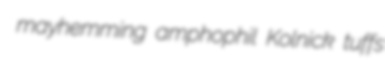
mayhemming amphophil Kolnick tuffs